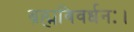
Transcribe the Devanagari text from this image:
ब्रह्मविवर्धनः।